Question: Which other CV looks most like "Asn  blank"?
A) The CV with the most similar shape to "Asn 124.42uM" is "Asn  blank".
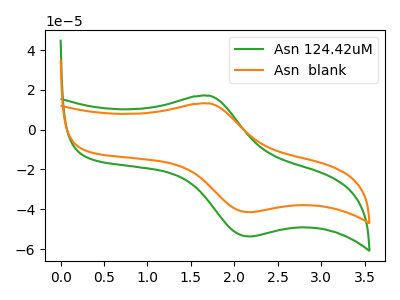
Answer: <think>The green curve "Asn 124.42uM" has an anodic peak at (1.70V, 17.05uA) and a cathodic peak at (2.15V, -53.60uA). The orange curve "Asn  blank" has an anodic peak at (1.70V, 13.15uA) and a cathodic peak at (2.15V, -41.45uA).
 All the peaks in "Asn 124.42uM" have a peak in "Asn  blank" at the same potential. Every peak in "Asn 124.42uM" is higher than every peak in "Asn  blank".</think>
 <answer>A) The CV with the most similar shape to "Asn 124.42uM" is "Asn  blank".</answer>
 <eval>A</eval>